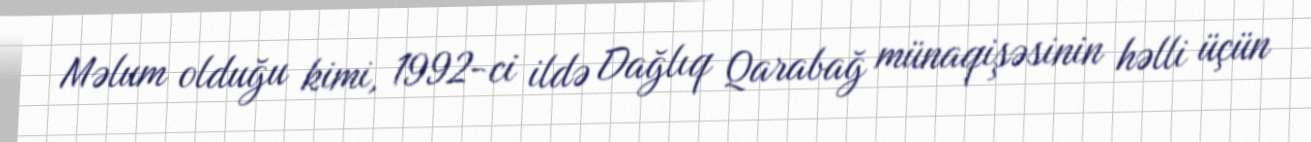
Məlum olduğu kimi, 1992-ci ildə Dağlıq Qarabağ münaqişəsinin həlli üçün